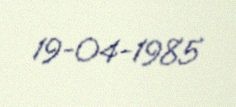
19-04-1985